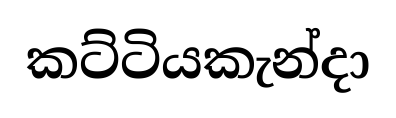
කට්ටියකැන්දා